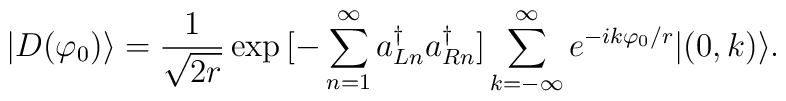
| D ( \varphi_0) \rangle =  \frac{1}{\sqrt{2 r}}  \exp{[ - \sum_{n=1}^{\infty} a^{\dagger}_{Ln}a^{\dagger}_{Rn} ] }   \sum_{k= - \infty}^{\infty} e^{- i k \varphi_0/r }   | ( 0, k ) \rangle .